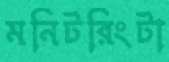
মনিটরিংটা